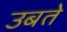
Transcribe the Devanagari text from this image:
उबते